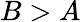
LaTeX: B>A